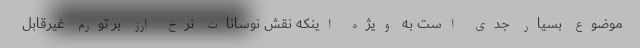
موضوع بسیار جدی است به ویژه اینکه نقش نوسانات نرخ ارز بر تورم غیرقابل